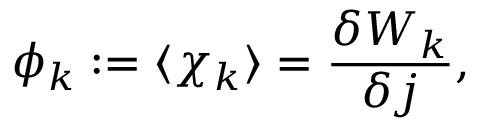
\phi _ { k } : = \langle \chi _ { k } \rangle = \frac { \delta W _ { k } } { \delta j } ,